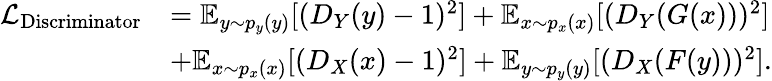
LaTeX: \begin{array}{rl}{\mathcal{L}_{\mathrm{Discriminator}}}&{=\mathbb{E}_{y\sim p_{y}(y)}[(D_{Y}(y)-1)^{2}]+\mathbb{E}_{x\sim p_{x}(x)}[(D_{Y}(G(x)))^{2}]}\\ &{+\mathbb{E}_{x\sim p_{x}(x)}[(D_{X}(x)-1)^{2}]+\mathbb{E}_{y\sim p_{y}(y)}[(D_{X}(F(y)))^{2}].}\end{array}